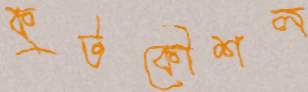
কুটকৌশল